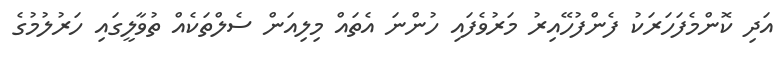
އަދި ކޮންމެފަހަރަކު ފެންފުހޭއިރު މަރުވެފައި ހުންނަ އެތައް މިލިއަން ސެލްތަކެއް ތުވާލީގައި ހަރުލުމުގެ